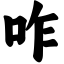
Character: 咋